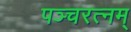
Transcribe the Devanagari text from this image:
पञ्चरत्नम्